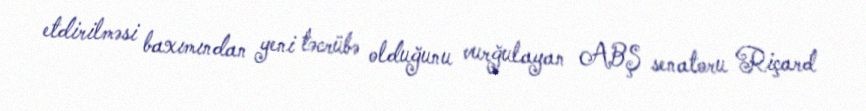
etdirilməsi baxımından yeni təcrübə olduğunu vurğulayan ABŞ senatoru Riçard